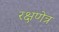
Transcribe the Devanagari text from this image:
रक्षणेत्र